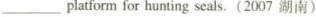
___platform for hunting seals.(2007 湖南)